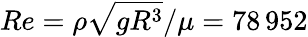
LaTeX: Re=\rho\sqrt{gR^{3}}/\mu=78\, 952